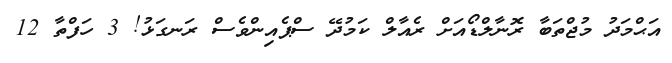
އަޙްމަދު މުޖްތަބާ ރޮނާލްޑޯއަށް ރެއާލް ކަމުދޭ ސްޕެއިންވެސް ރަނގަޅު! 3 ހަފްތާ 12